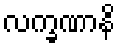
လက္ခဏာနိ